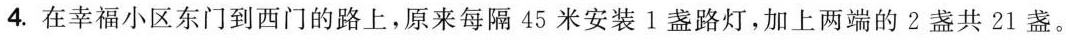
4.在幸福小区东门到西门的路上，原来每隔45米安装1盏路灯，加上两端的2盏共21盏。